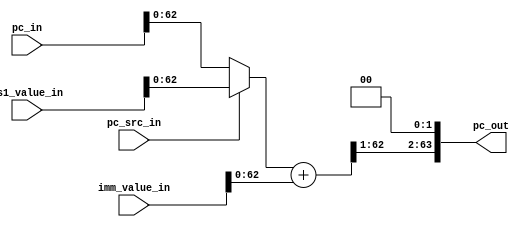
`ifndef BRANCH
`define BRANCH

`define BRANCH_OP_NEVER    4'b0000
`define BRANCH_OP_ZERO     4'b0101
`define BRANCH_OP_NON_ZERO 4'b1010
`define BRANCH_OP_ALWAYS   4'b1111

`define BRANCH_PC_SRC_IMM 2'b00
`define BRANCH_PC_SRC_REG 2'b11

module branch_pc_mux (

    input pc_src_in,

    input [63:0] pc_in,
    input [63:0] rs1_value_in,
    input [63:0] imm_value_in,

    output wire [63:0] pc_out 
);
    wire [63:0] pc;

    assign pc = (pc_src_in ? rs1_value_in : pc_in) + imm_value_in;
    assign pc_out = {pc[63:1], 2'b00};
endmodule

module branch_unit (

    input predicted_taken_in,
    input alu_non_zero_in,
    input [2:0] op_in,

    output wire mispredicted_out
);
    reg taken;

    always @* begin
        case (op_in)
            `BRANCH_OP_NEVER:    taken = 0;
            `BRANCH_OP_ZERO:     taken = ~alu_non_zero_in;
            `BRANCH_OP_NON_ZERO: taken = alu_non_zero_in;
            `BRANCH_OP_ALWAYS:   taken = 1;
        endcase
    end

    assign mispredicted_out = taken != predicted_taken_in;
endmodule

`endif